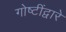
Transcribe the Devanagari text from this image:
गोष्टींद्वारे